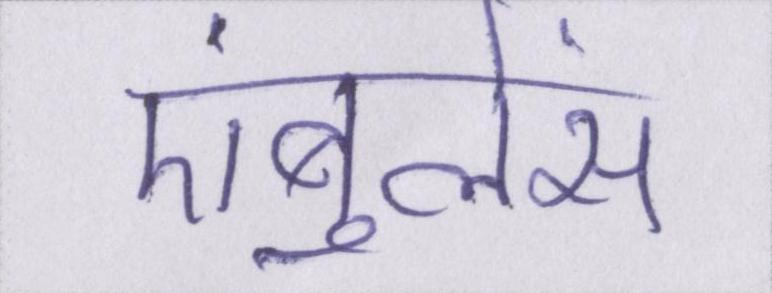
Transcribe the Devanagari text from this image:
एंबुलेंस